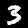
Digit: 3